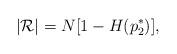
LaTeX: \begin{align*}|\mathcal{R}|=N[1-H(p_2^*)],\end{align*}